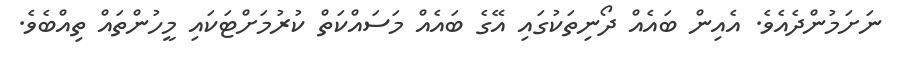
ނަށަމުންދެއެވެ. އެއިން ބައެއް ދޯނިތަކުގައި އޭގެ ބައެއް މަސައްކަތް ކުރުމަށްޓަކައި މީހުންތައް ތިއްބެވެ.